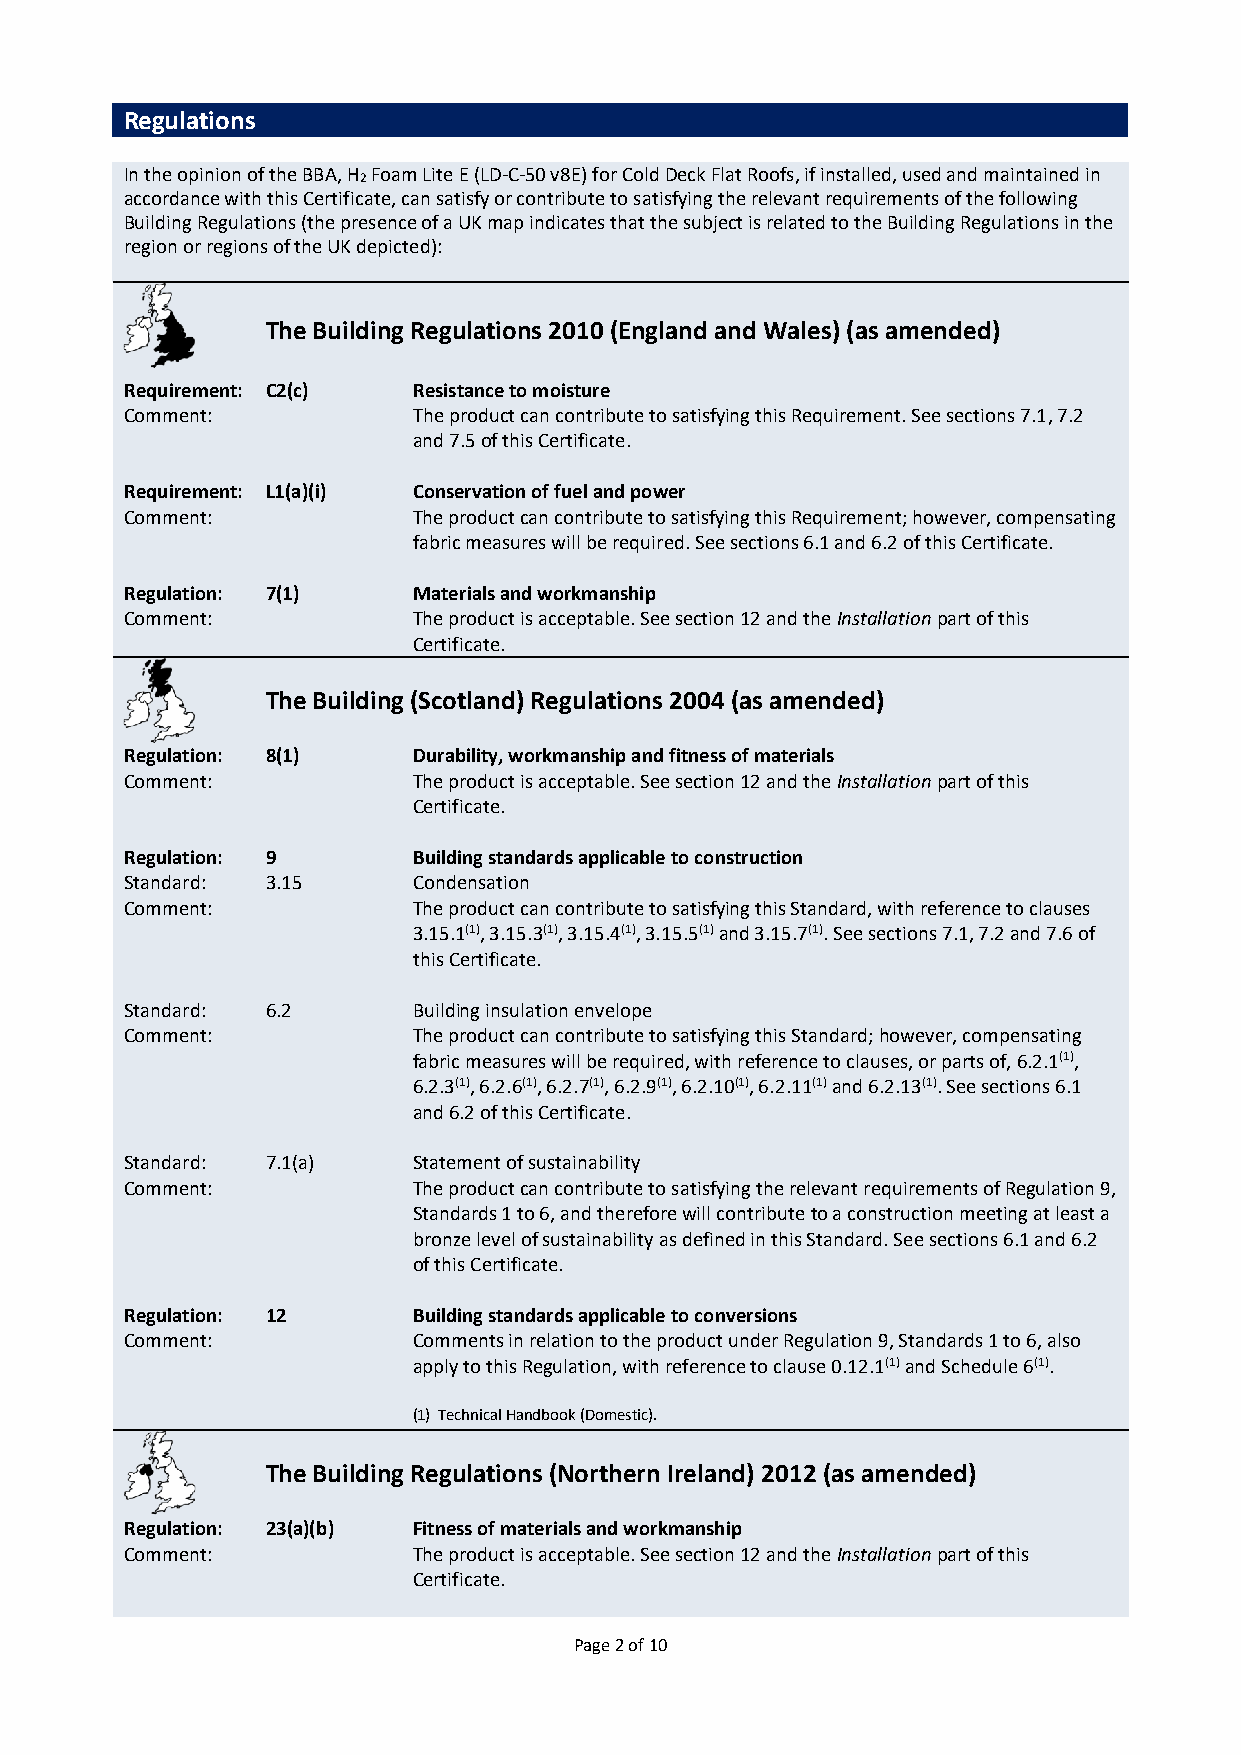
Regulations
 In the opinion of the BBA, H Foam Lite E (LD-C-50 v8E) for Cold Deck Flat Roofs, if installed, used and maintained in
 2
 accordance with this Certificate, can satisfy or contribute to satisfying the relevant requirements of the following
 Building Regulations (the presence of a UK map indicates that the subject is related to the Building Regulations in the
 region or regions of the UK depicted):
 The Building Regulations 2010 (England and Wales) (as amended)
 Requirement: C2(c) Resistance to moisture
 Comment:           The product can contribute to satisfying this Requirement. See sections 7.1, 7.2
 and 7.5 of this Certificate.
 Requirement: L1(a)(i) Conservation of fuel and power
 Comment:           The product can contribute to satisfying this Requirement; however, compensating
 fabric measures will be required. See sections 6.1 and 6.2 of this Certificate.
 Regulation: 7(1)   Materials and workmanship
 Comment:           The product is acceptable. See section 12 and the Installation part of this
 Certificate.
 The Building (Scotland) Regulations 2004 (as amended)
 Regulation: 8(1)   Durability, workmanship and fitness of materials
 Comment:           The product is acceptable. See section 12 and the Installation part of this
 Certificate.
 Regulation: 9      Building standards applicable to construction
 Standard: 3.15     Condensation
 Comment:           The product can contribute to satisfying this Standard, with reference to clauses
 3.15.1(1), 3.15.3(1), 3.15.4(1), 3.15.5(1) and 3.15.7(1). See sections 7.1, 7.2 and 7.6 of
 this Certificate.
 Standard: 6.2      Building insulation envelope
 Comment:           The product can contribute to satisfying this Standard; however, compensating
 fabric measures will be required, with reference to clauses, or parts of, 6.2.1(1),
 6.2.3(1), 6.2.6(1), 6.2.7(1), 6.2.9(1), 6.2.10(1), 6.2.11(1) and 6.2.13(1). See sections 6.1
 and 6.2 of this Certificate.
 Standard: 7.1(a)   Statement of sustainability
 Comment:           The product can contribute to satisfying the relevant requirements of Regulation 9,
 Standards 1 to 6, and therefore will contribute to a construction meeting at least a
 bronze level of sustainability as defined in this Standard. See sections 6.1 and 6.2
 of this Certificate.
 Regulation: 12     Building standards applicable to conversions
 Comment:           Comments in relation to the product under Regulation 9, Standards 1 to 6, also
 apply to this Regulation, with reference to clause 0.12.1(1) and Schedule 6(1).
 (1) Technical Handbook (Domestic).
 The Building Regulations (Northern Ireland) 2012 (as amended)
 Regulation: 23(a)(b) Fitness of materials and workmanship
 Comment:           The product is acceptable. See section 12 and the Installation part of this
 Certificate.
 Page 2 of 10